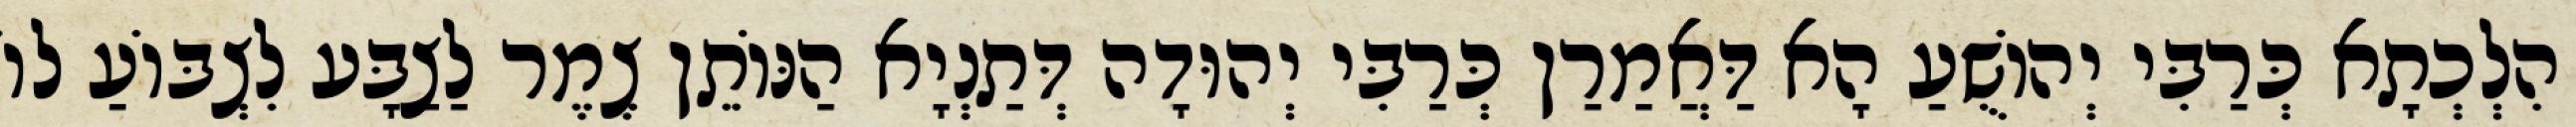
הִלְכְתָא כְּרַבִּי יְהוֹשֻׁעַ הָא דַּאֲמַרַן כְּרַבִּי יְהוּדָה דְּתַנְיָא הַנּוֹתֵן צֶמֶר לַצַבָּע לִצְבּוֹעַ לוֹ